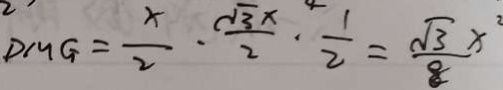
D M G = \frac { x } { 2 } \cdot \frac { \sqrt { 3 } x } { 2 } \cdot \frac { 1 } { 2 } = \frac { \sqrt { 3 } x ^ { 2 } } { 8 }